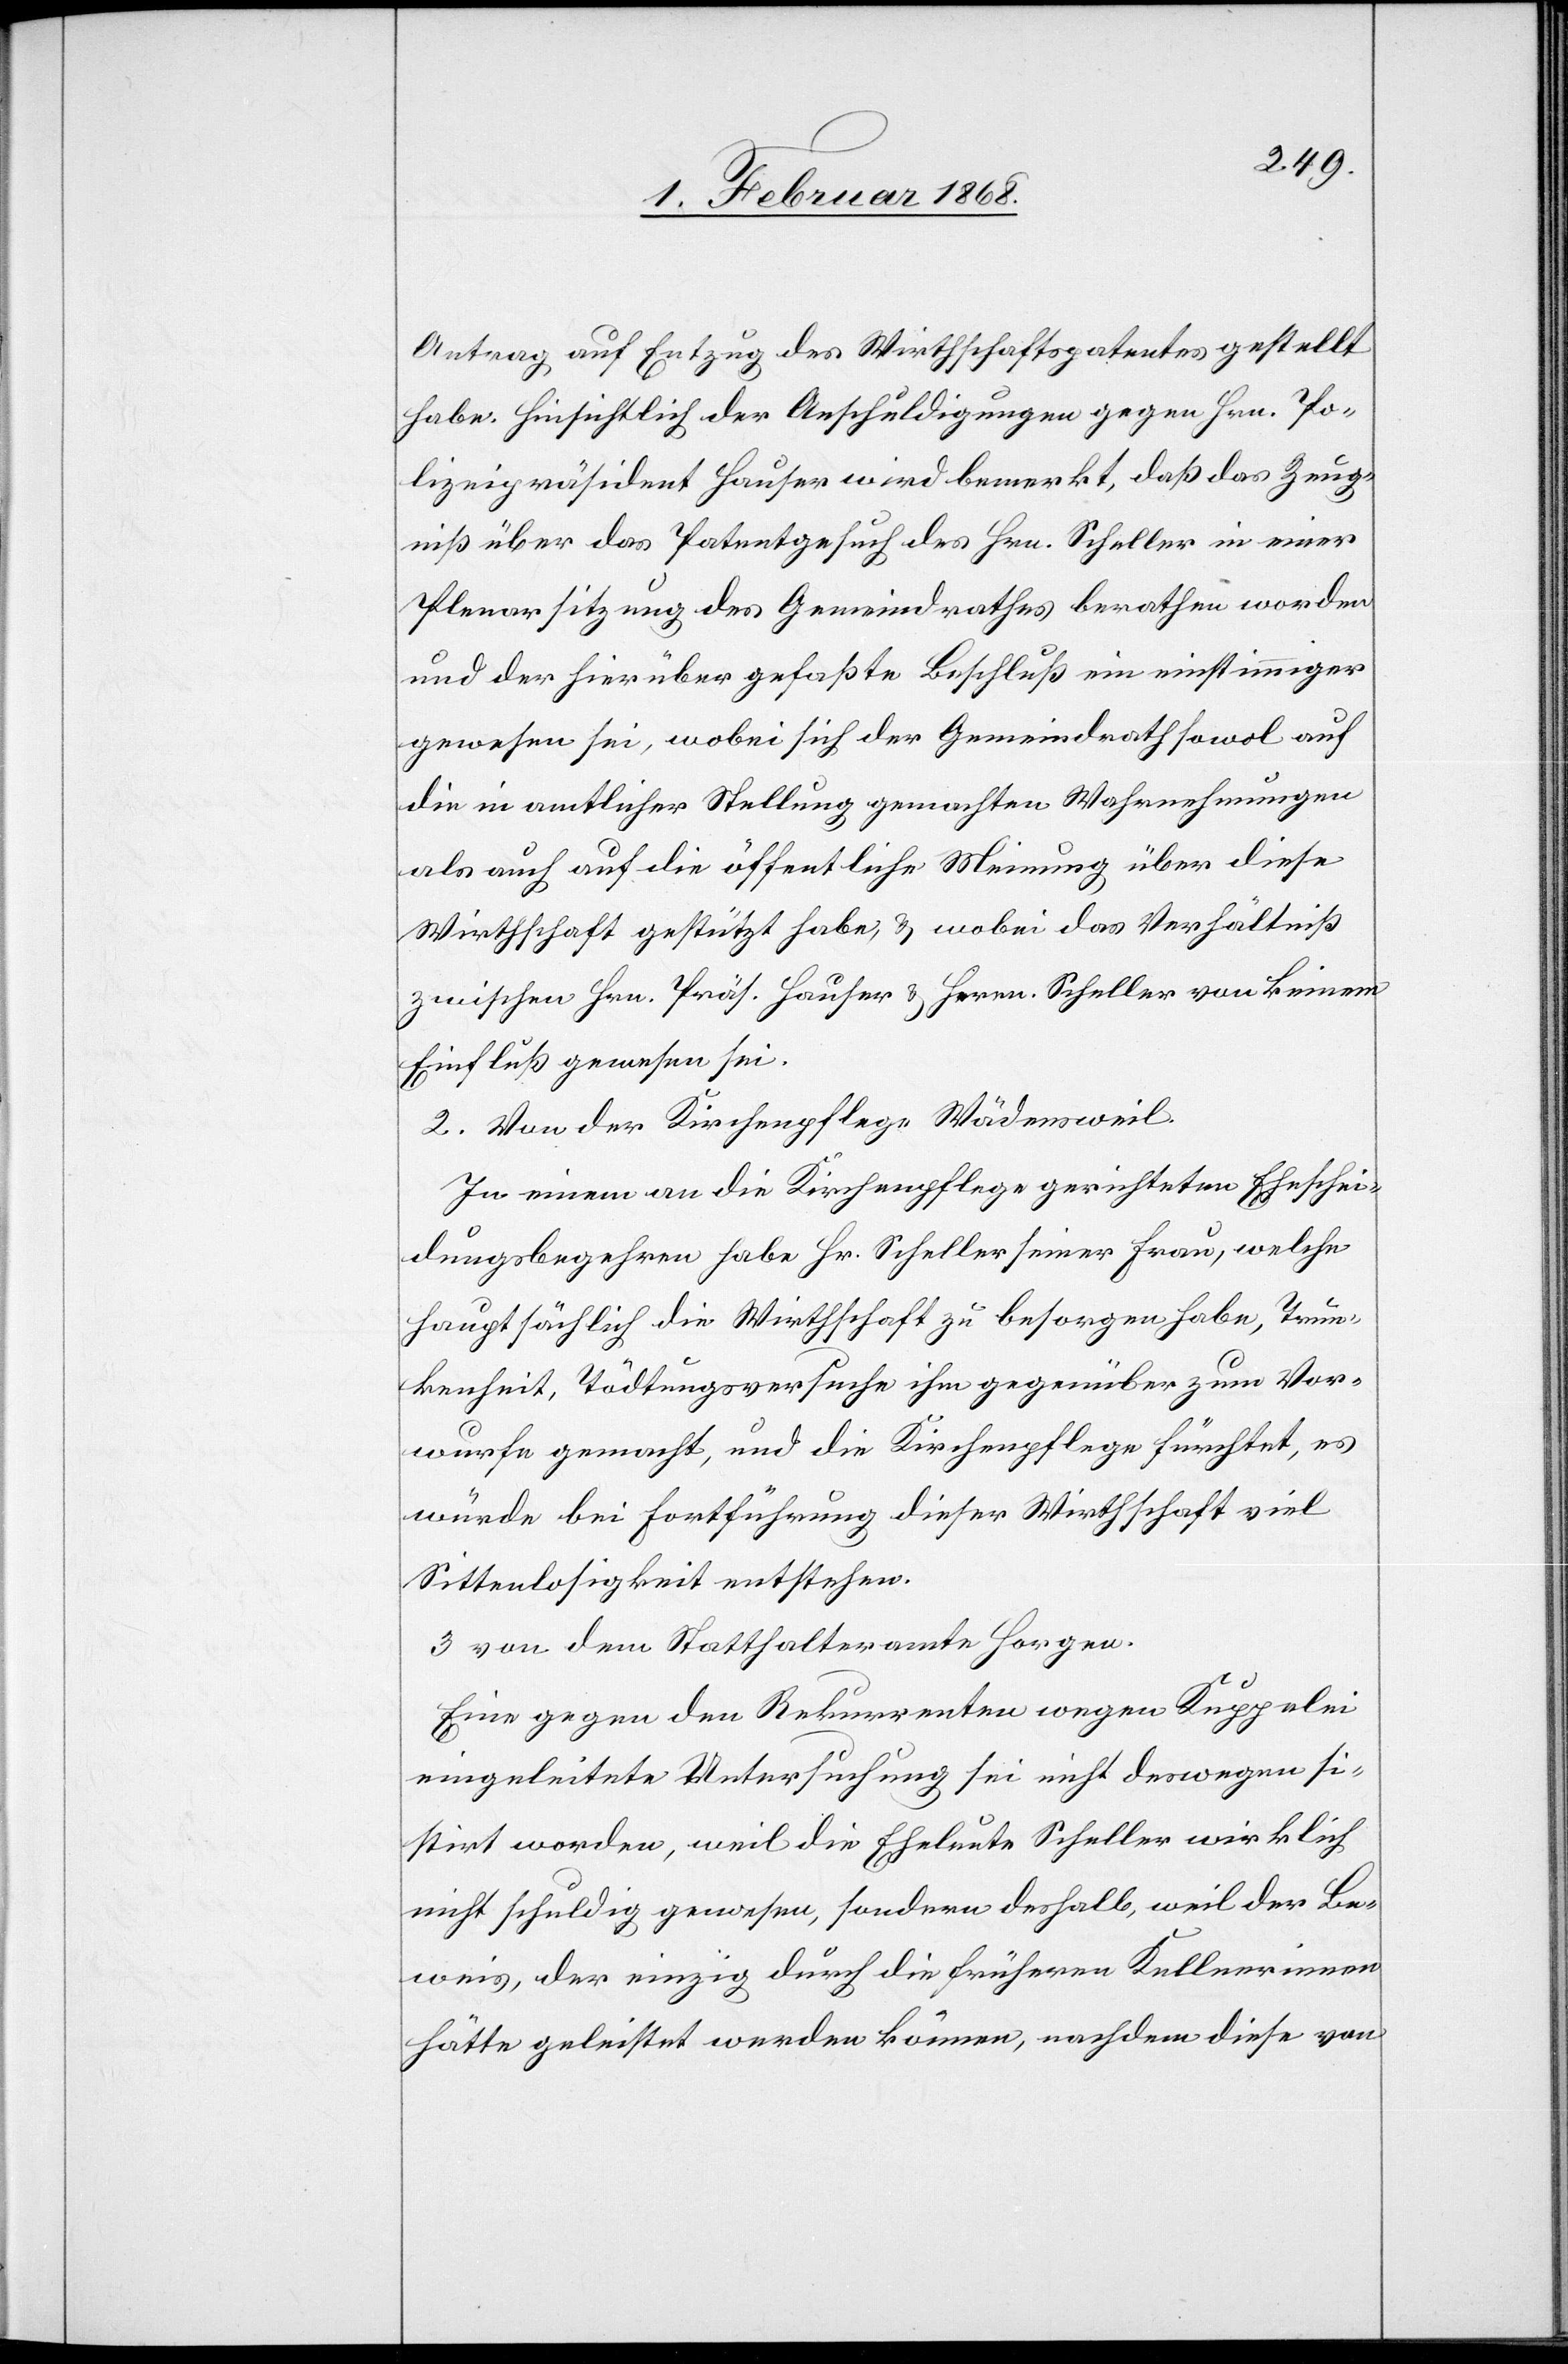
Antrag auf Entzug des Wirthschaftspatentes gestellt
habe. Hinsichtlich der Anschuldigungen gegen Hrn. Po¬
lizeipräsident Hauser wird bemerkt, daß das Zeug¬
niß über das Patentgesuch des Hrn. Scheller in einer
Plenarsitzung des Gemeindrathes berathen worden
und der hierüber gefaßte Beschluß ein einstimmiger
gewesen sei, wobei sich der Gemeindrath sowol auf
die in amtlicher Stellung gemachten Wahrnehmungen
als auch auf die öffentliche Meinung über diese
Wirthschaft gestützt habe, & wobei das Verhältniß
zwischen Hrn. Präs. Hauser & Herrn Scheller von keinem
Einfluß gewesen sei.
2. Von der Kirchenpflege Wädensweil.
In einem an die Kirchenpflege gerichteten Eheschei¬
dungsbegehren habe Hr. Scheller seiner Frau, welche
hauptsächlich die Wirthschaft zu besorgen habe, Trun¬
kenheit, Tödtungsversuche ihm gegenüber zum Vor¬
wurfe gemacht, und die Kirchenpflege fürchtet, es
würde bei Fortführung dieser Wirthschaft viel
Sittenlosigkeit entstehen.
3 von dem Statthalteramte Horgen.
Eine gegen den Rekurrenten wegen Kuppelei
eingeleitete Untersuchung sei nicht deswegen si¬
stirt worden, weil die Eheleute Scheller wirklich
nicht schuldig gewesen, sondern deshalb, weil der Be¬
weis, der einzig durch die früheren Kellnerinnen
hätte geleistet werden können, nachdem diese von